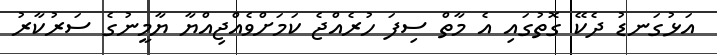
އަޅުގަނޑު ދެކޭ ގޮތުގައި އެ މާތް ސިފަ ހުރެއްޖެ ކަމަށްވެއްޖިއްޔާ ޔާމީނުގެ ސަރުކާރު